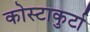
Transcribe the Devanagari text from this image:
कोस्टाकुर्टा